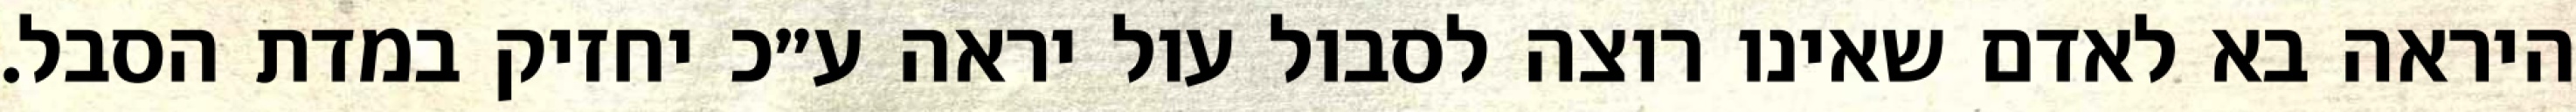
היראה בא לאדם שאינו רוצה לסבול עול יראה ע״כ יחזיק במדת הסבל.